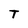
Character: T